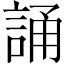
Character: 誦